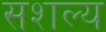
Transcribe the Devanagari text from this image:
सशल्य